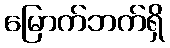
မြောက်ဘက်ရှိ